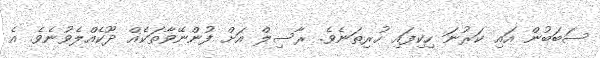
ސަބަބުން އައި ކަރުނަ ހިކިފައި ހުރިތަނެވެ. ރާސިލް އަށް ފުންނޭވާތަކެއް ދޫކެއްލެވުނެވެ. އެ